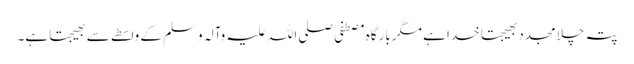
پتہ چلا مجدد بھیجتا خدا ہے مگر بارگاہِ مصطفی صلی اللہ علیہ وآلہ وسلم کے واسطے سے بھیجتا ہے۔